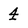
Character: 4